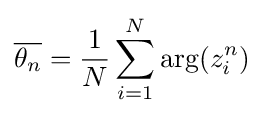
{\overline {\theta _{n}}}={\frac {1}{N}}\sum _{i=1}^{N}\arg(z_{i}^{n})